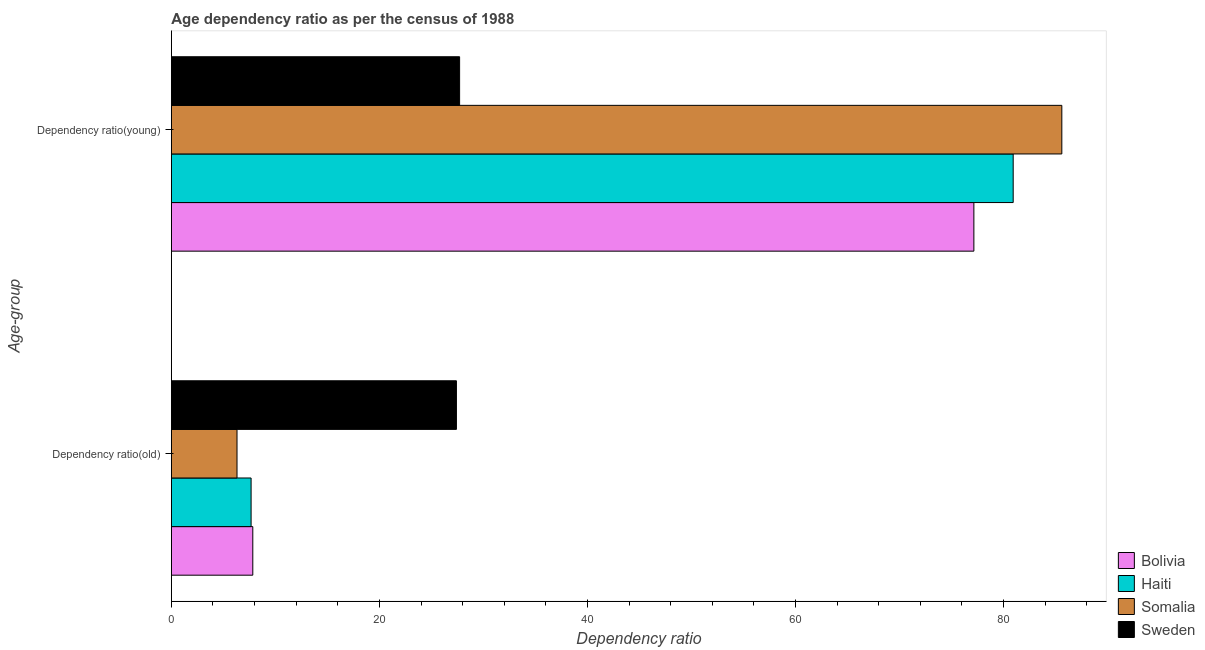
| Age-group | Bolivia | Haiti | Somalia | Sweden |
 | --- | --- | --- | --- | --- |
 | Dependency ratio(old) | 7.83 | 7.66 | 6.31 | 27.4 |
 | Dependency ratio(young) | 77.2 | 80.9 | 85.6 | 27.7 |